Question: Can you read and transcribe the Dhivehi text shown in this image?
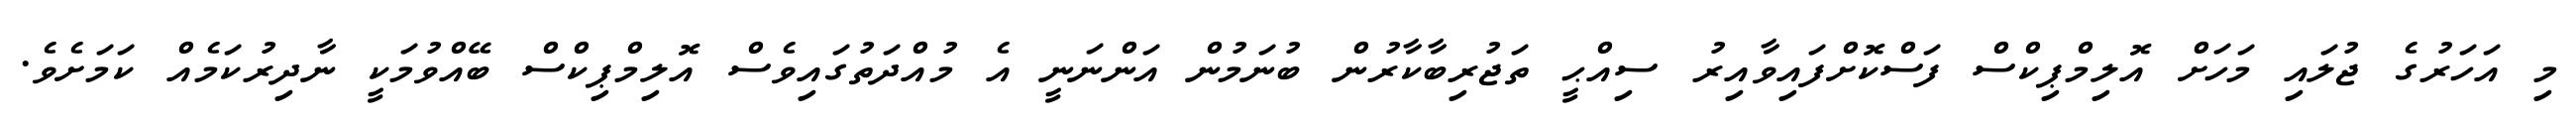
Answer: މި އަހަރުގެ ޖުލައި މަހަށް އޮލިމްޕިކްސް ފަސްކޮށްފައިވާއިރު ސިއްޙީ ތަޖުރިބާކާރުން ބުނަމުން އަންނަނީ އެ މުއްދަތުގައިވެސް އޮލިމްޕިކްސް ބޭއްވުމަކީ ނާދިރުކަމެއް ކަމަށެވެ.